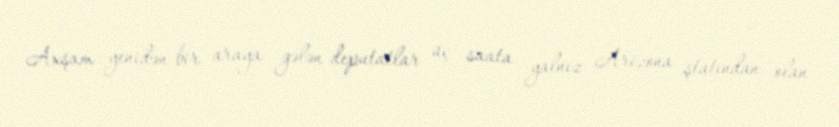
Axşam yenidən bir araya gələn deputatlar üç saata yalnız Arizona ştatından olan